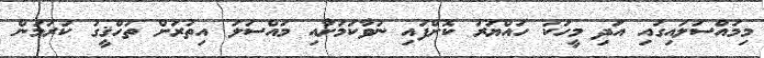
މިމައްސަލައިގައި އަދި މީހަކު ހައްޔަރު ކޮށްފައި ނުވާކަމަށާއި މައްސަލަ އިތުރަށް ތަހްޤީގު ކުރަމުން